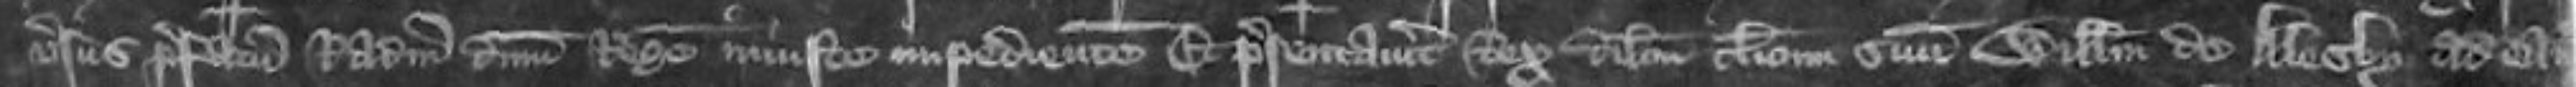
versus prefatum Radulphum dominum Regem iniuste impedientem Et presentavitur Rex dilectum clericum suum Willelmum Alesby ad eandem